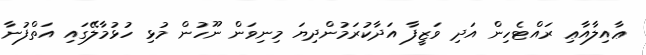
ޢާއިލާއާޢި ރައްޓެހިން އަދި ވަޒީފާ އަދާކުރަމުންދިޔަ މިނިވަން ނޫހުން މުޅި ހުޅުމާލޭގައި އަތްފުނާ